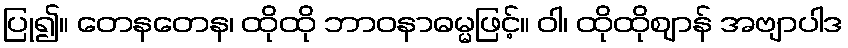
ပြု၍။ တေနတေန၊ ထိုထို ဘာဝနာဓမ္မဖြင့်။ ဝါ၊ ထိုထိုဈာန် အဗျာပါဒ